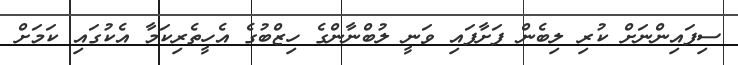
ސިފައިންނަށް ކުރި ލިބެން ފަށާފައި ވަނީ ލުބްނާންގެ ހިޒްބުގެ އެހީތެރިކަމާ އެކުގައި ކަމަށް